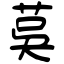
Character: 茣